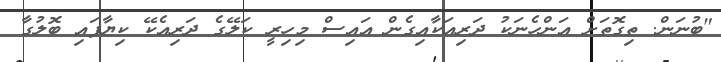
"ބުނަން. ތިގޮތަށް އަންހެނަކު ދަރިއަކާއިގެން އައިސް މިހިރީ ކަލޭގެ ދަރިއެކޭ ކިޔާފައި ބޮލުގާ